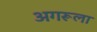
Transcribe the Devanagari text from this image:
अगरूला